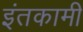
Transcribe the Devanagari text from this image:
इंतकामी